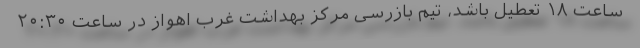
ساعت ۱۸ تعطیل باشد، تیم بازرسی مرکز بهداشت غرب اهواز در ساعت ۲۰:۳۰